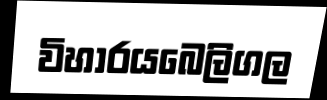
විහාරයබෙලිගල